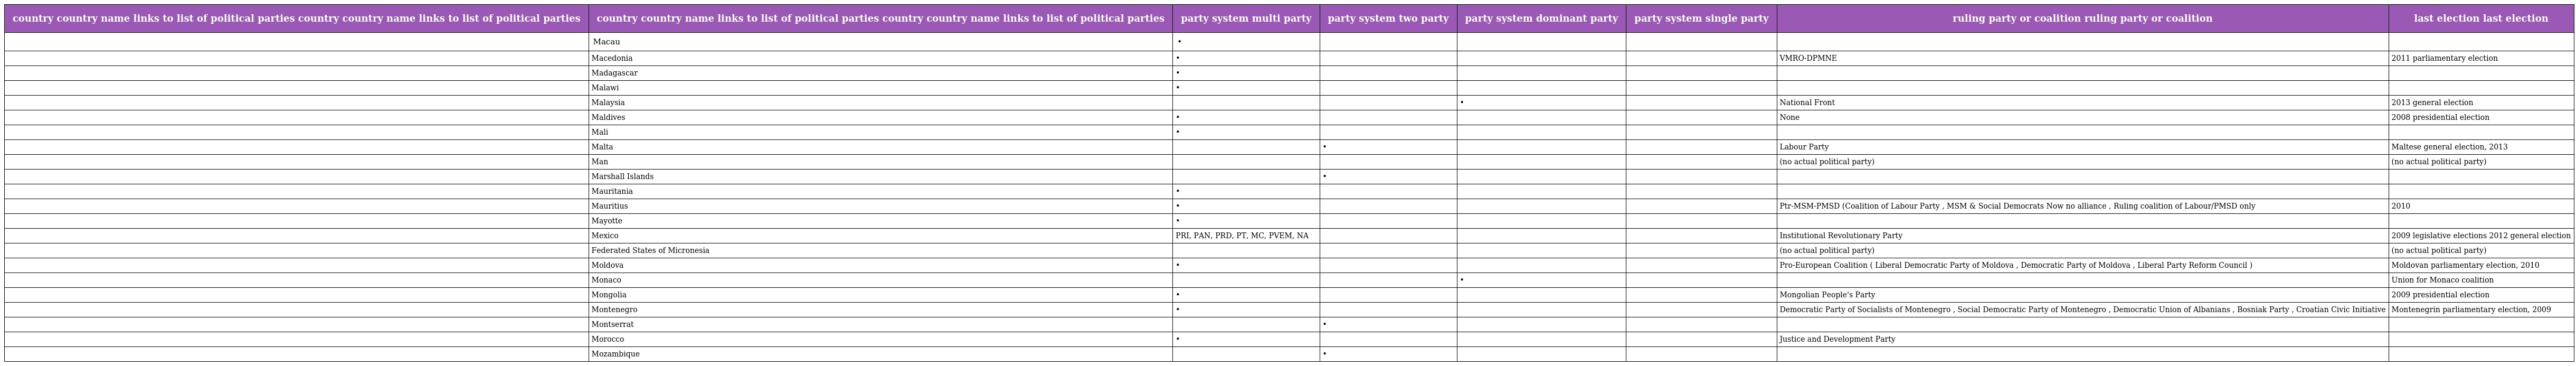
| country country name links to list of political parties country country name links to list of political parties | country country name links to list of political parties country country name links to list of political parties | party system multi party | party system two party | party system dominant party | party system single party | ruling party or coalition ruling party or coalition | last election last election |
 | --- | --- | --- | --- | --- | --- | --- | --- |
 |  | Macau | • |  |  |  |  |  |
 |  | Macedonia | • |  |  |  | VMRO-DPMNE | 2011 parliamentary election |
 |  | Madagascar | • |  |  |  |  |  |
 |  | Malawi | • |  |  |  |  |  |
 |  | Malaysia |  |  | • |  | National Front | 2013 general election |
 |  | Maldives | • |  |  |  | None | 2008 presidential election |
 |  | Mali | • |  |  |  |  |  |
 |  | Malta |  | • |  |  | Labour Party | Maltese general election, 2013 |
 |  | Man |  |  |  |  | (no actual political party) | (no actual political party) |
 |  | Marshall Islands |  | • |  |  |  |  |
 |  | Mauritania | • |  |  |  |  |  |
 |  | Mauritius | • |  |  |  | Ptr-MSM-PMSD (Coalition of Labour Party , MSM & Social Democrats Now no alliance , Ruling coalition of Labour/PMSD only | 2010 |
 |  | Mayotte | • |  |  |  |  |  |
 |  | Mexico | PRI, PAN, PRD, PT, MC, PVEM, NA |  |  |  | Institutional Revolutionary Party | 2009 legislative elections 2012 general election |
 |  | Federated States of Micronesia |  |  |  |  | (no actual political party) | (no actual political party) |
 |  | Moldova | • |  |  |  | Pro-European Coalition ( Liberal Democratic Party of Moldova , Democratic Party of Moldova , Liberal Party Reform Council ) | Moldovan parliamentary election, 2010 |
 |  | Monaco |  |  | • |  |  | Union for Monaco coalition |
 |  | Mongolia | • |  |  |  | Mongolian People's Party | 2009 presidential election |
 |  | Montenegro | • |  |  |  | Democratic Party of Socialists of Montenegro , Social Democratic Party of Montenegro , Democratic Union of Albanians , Bosniak Party , Croatian Civic Initiative | Montenegrin parliamentary election, 2009 |
 |  | Montserrat |  | • |  |  |  |  |
 |  | Morocco | • |  |  |  | Justice and Development Party |  |
 |  | Mozambique |  | • |  |  |  |  |